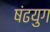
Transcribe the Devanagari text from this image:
षंढयुग